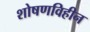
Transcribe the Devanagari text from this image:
शोषणविहीन